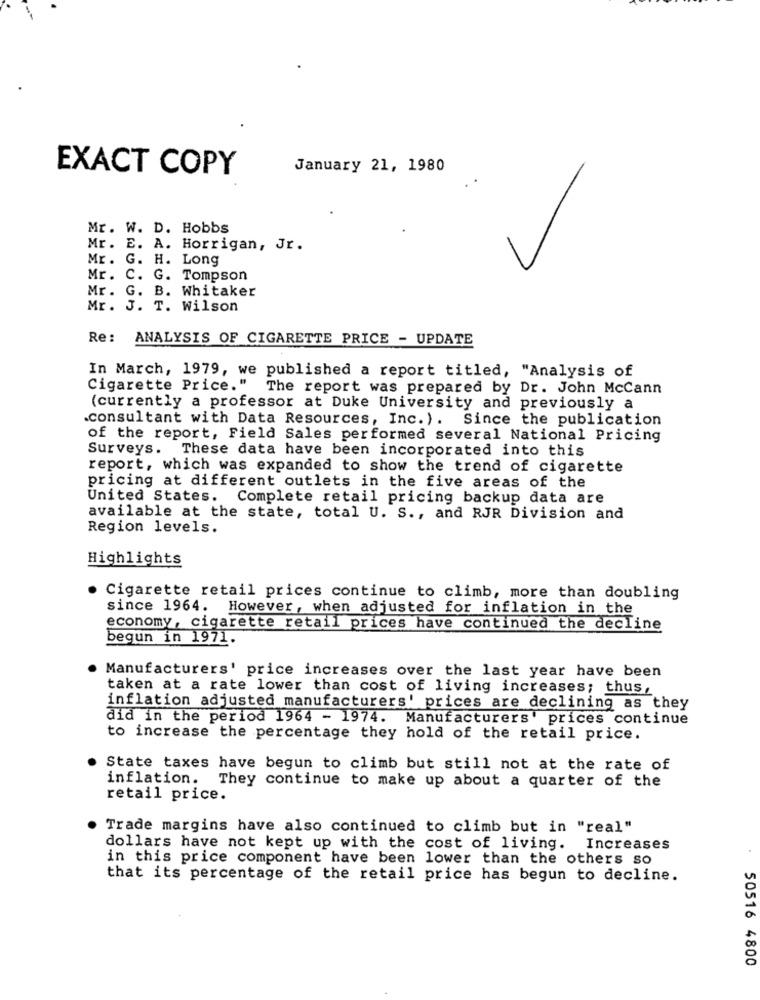
EXACT COPY
January 21, 1980
Mr. W. D. Hobbs
Mr. E. A. Horrigan, Jr.
Mr. G. H. Long
Mr. C. G. Tompson
Mr. G. B. Whitaker
Mr. J. T. Wilson
Re: ANALYSIS OF CIGARETTE PRICE - UPDATE
In March, 1979, we published a report titled, "Analysis of
Cigarette Price."
The report was prepared by Dr. John McCann
(currently a professor at Duke University and previously a
.consultant with Data Resources, Inc. ). Since the publication
of the report, Field Sales performed several National Pricing
Surveys. These data have been incorporated into this
report, which was expanded to show the trend of cigarette
pricing at different outlets in the five areas of the
United States. Complete retail pricing backup data are
available at the state, total U. S ., and RJR Division and
Region levels.
Highlights
Cigarette retail prices continue to climb, more than doubling
since 1964. However, when adjusted for inflation in the
economy, cigarette retail prices have continued the decline
begun in 1971.
Manufacturers' price increases over the last year have been
taken at a rate lower than cost of living increases; thus,
inflation adjusted manufacturers' prices are declining as they
did in the period 1964 - 1974. Manufacturers' prices continue
to increase the percentage they hold of the retail price.
State taxes have begun to climb but still not at the rate of
inflation. They continue to make up about a quarter of the
retail price.
Trade margins have also continued to climb but in "real"
dollars have not kept up with the cost of living. Increases
in this price component have been lower than the others so
that its percentage of the retail price has begun to decline.
50516 4800